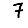
Digit: 7